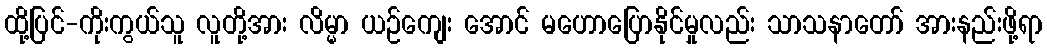
ထို့ပြင်-ကိုးကွယ်သူ လူတို့အား လိမ္မာ ယဉ်ကျေး အောင် မဟောပြောနိုင်မှုလည်း သာသနာတော် အားနည်းဖို့ရာ